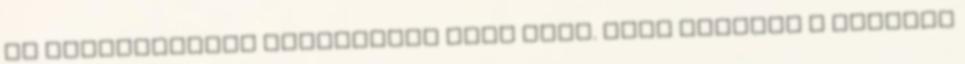
is magabiztosan utasította maga mögé. Erre azonban a többiek